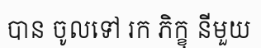
បាន ចូលទៅ រក ភិក្ខុ នីមួយ